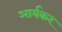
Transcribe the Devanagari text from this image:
आर्यकर